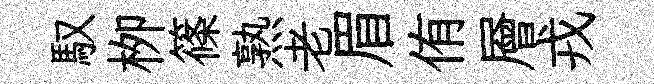
馭栁篠熟老眉侑層戎